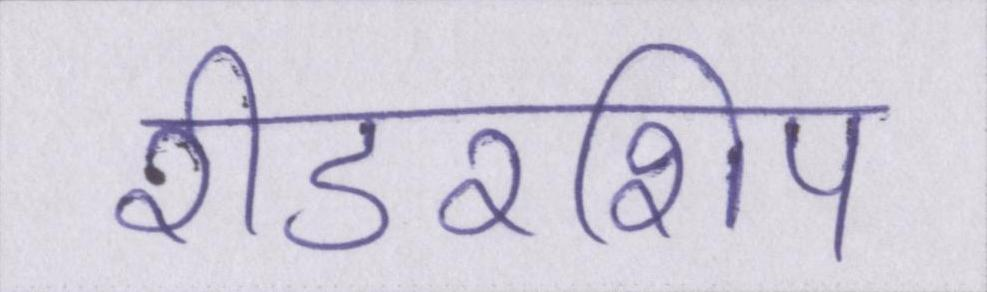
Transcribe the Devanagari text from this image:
रीडरशिप